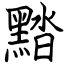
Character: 䵬